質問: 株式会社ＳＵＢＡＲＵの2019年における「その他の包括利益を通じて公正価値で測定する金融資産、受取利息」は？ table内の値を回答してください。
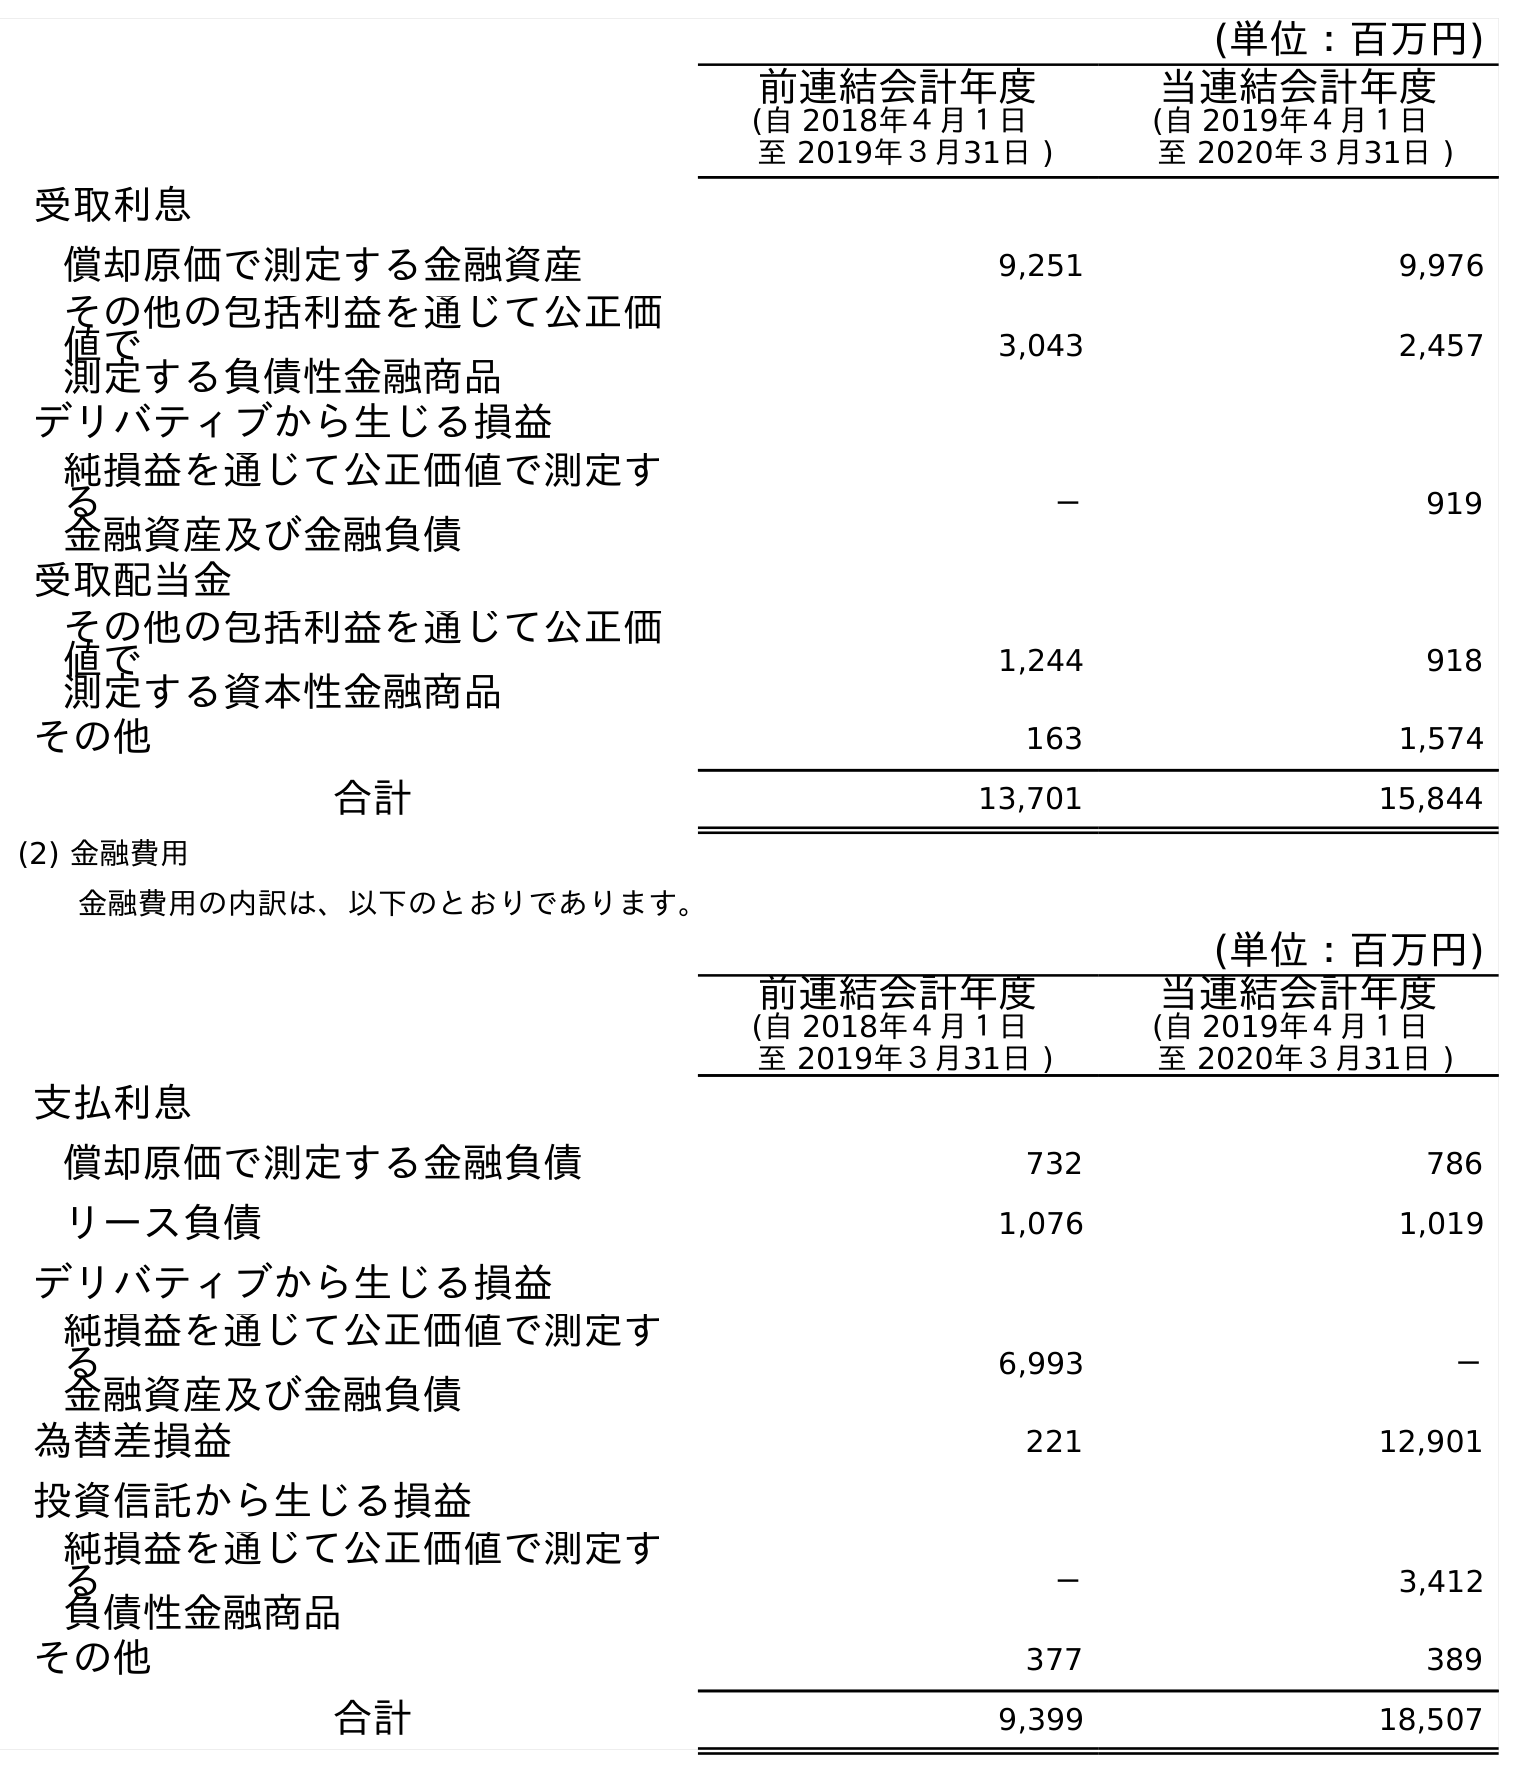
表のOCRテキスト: (単位：百万円) 前連結会計年度 (自 2018年４月１日 至 2019年３月31日 ) 当連結会計年度 (自 2019年４月１日 至 2020年３月31日 ) 受取利息 償却原価で測定する金融資産 9,251 9,976 その他の包括利益を通じて公正価 値で 測定する負債性金融商品 3,043 2,457 デリバティブから生じる損益 純損益を通じて公正価値で測定す る 金融資産及び金融負債 － 919 受取配当金 その他の包括利益を通じて公正価 値で 測定する資本性金融商品 1,244 918 その他 163 1,574 合計 13,701 15,844 (2) 金融費用 金融費用の内訳は、以下のとおりであります。 (単位：百万円) 前連結会計年度 (自 2018年４月１日 至 2019年３月31日 ) 当連結会計年度 (自 2019年４月１日 至 2020年３月31日 ) 支払利息 償却原価で測定する金融負債 732 786 リース負債 1,076 1,019 デリバティブから生じる損益 純損益を通じて公正価値で測定す る 金融資産及び金融負債 6,993 － 為替差損益 221 12,901 投資信託から生じる損益 純損益を通じて公正価値で測定す る 負債性金融商品 － 3,412 その他 377 389 合計 9,399 18,507
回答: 3,043